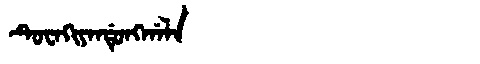
Manchu: ᡨᡠᠸᠠᡴᡳᠶᠠᠨᡩᡠᠩᡤᠠᠯᠠ
Romanization: TUWAKIYANDUNGGALA